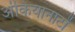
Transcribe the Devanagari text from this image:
अंकियानाटों